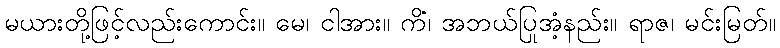
မယားတို့ဖြင့်လည်းကောင်း။ မေ၊ ငါအား။ ကိံ၊ အဘယ်ပြုအံ့နည်း။ ရာဇ၊ မင်းမြတ်။